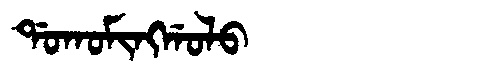
Manchu: ᡩᠣᡴᠣᠮᡳᠩᡤᠣᠯᠣ
Romanization: DOKOMINGGOLO